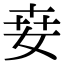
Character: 𡜦